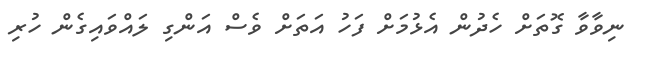
ނިވާވާ ގޮތަށް ހެދުން އެޅުމަށް ފަހު އަތަށް ވެސް އަންގި ލައްވައިގެން ހުރި